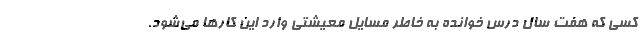
کسی که هفت سال درس خوانده به خاطر مسایل معیشتی وارد این کارها می‌شود.